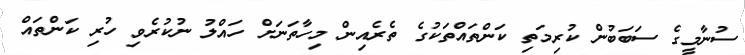
ސުނާމީގެ ސަބަބުން ކުރިމަތި ކަންތައްތަކުގެ ތެރެއިން މިހާތަނަށް ހައްލު ނުކުރެވި ހުރި ކަންތައް